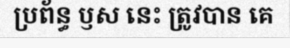
ប្រព័ន្ធ ឫស នេះ ត្រូវបាន គេ